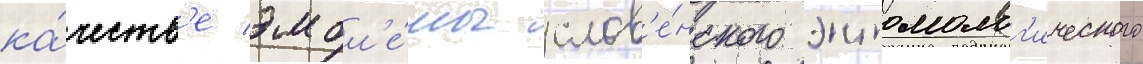
ка́честв'е эмбл'е́мы слов'е́нского энтомолог'ического